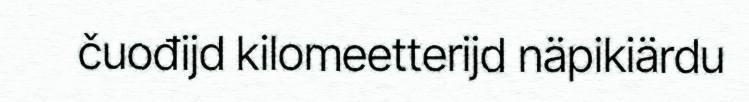
čuođijd kilomeetterijd näpikiärdu